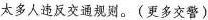
太多人违反交通规则。(更多交警)